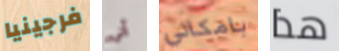
فرجينيا ألى بامكاني هذا